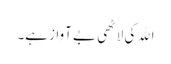
اﷲ کی لاٹھی بے آواز ہے۔